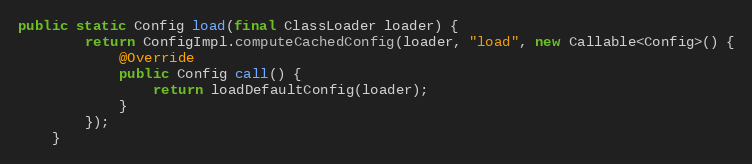
Language: Java
public static Config load(final ClassLoader loader) {
        return ConfigImpl.computeCachedConfig(loader, "load", new Callable<Config>() {
            @Override
            public Config call() {
                return loadDefaultConfig(loader);
            }
        });
    }